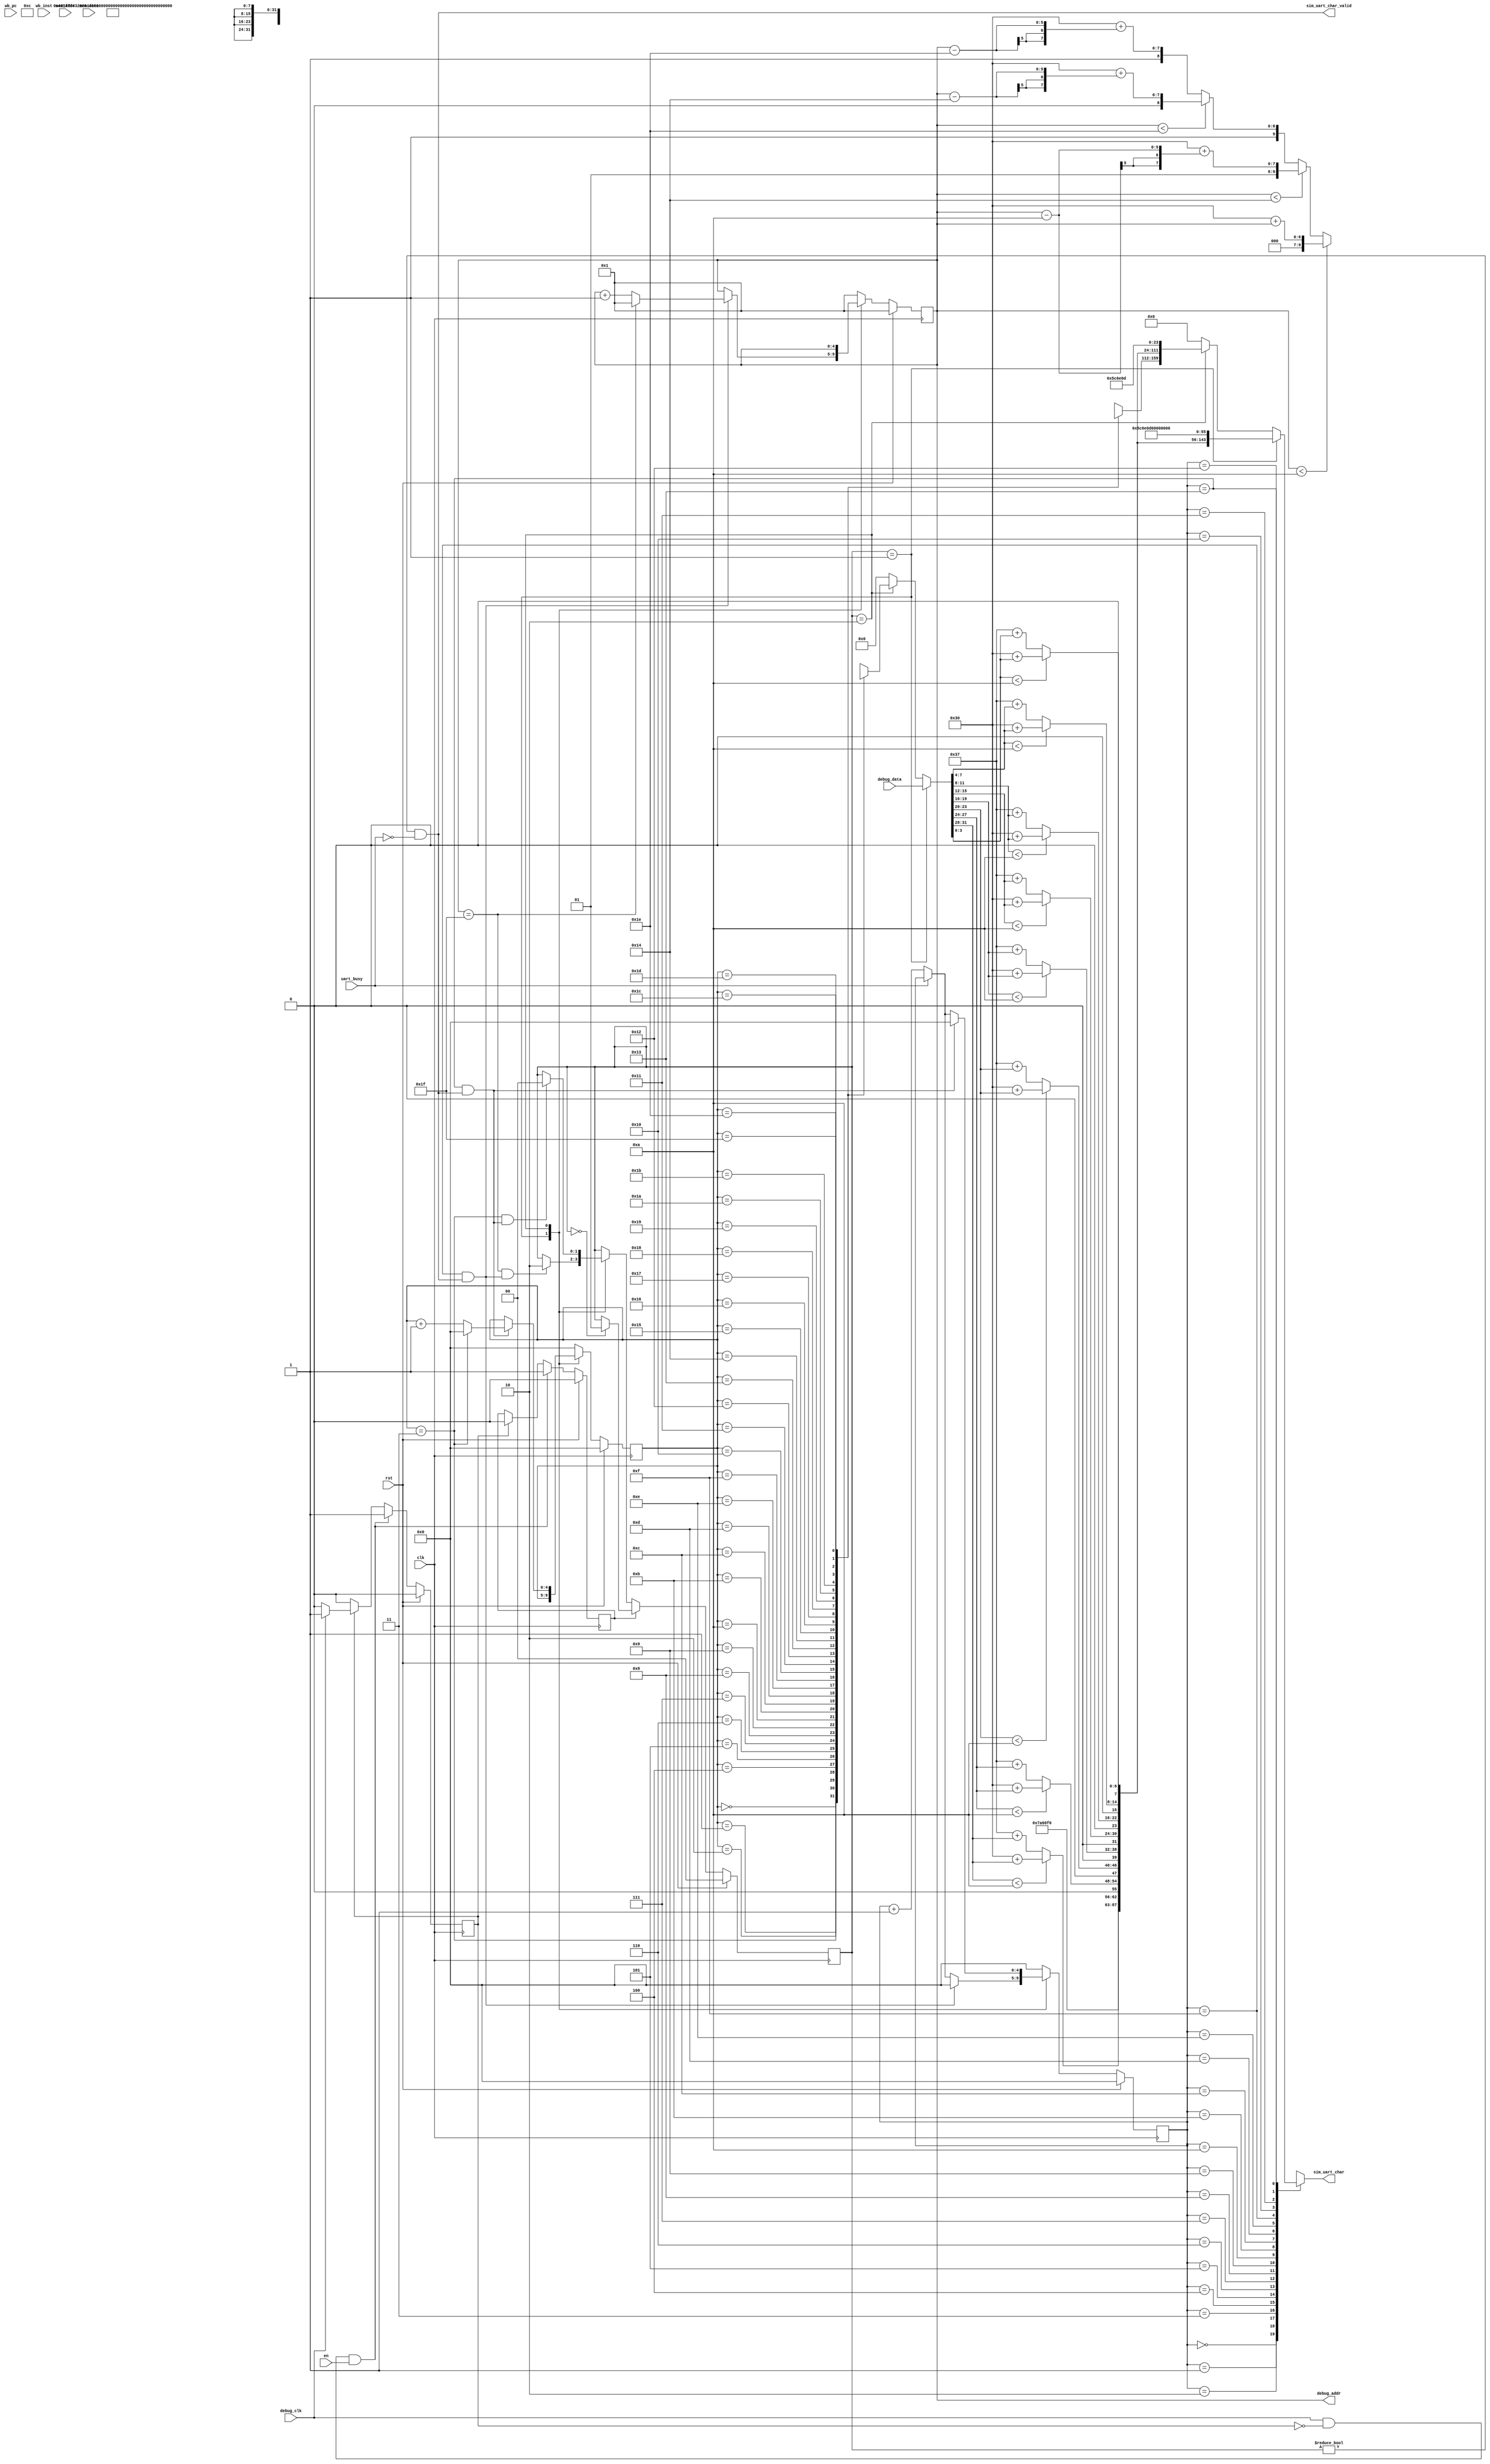
`timescale 1ns / 1ps

/**
*/
module debug_ctrl (
    input clk, rst,
    input debug_clk,
    input wire en,
    input wire [31:0] debug_data,
    input wire [31:0] wb_pc,
    input wire [31:0] wb_inst,
    input wire [31:0] mem_addr,
    input wire [31:0] mem_data,
    // [MODIFY] add other input debugged signals here, should be 32 bits
    input wire uart_busy,
    output wire [4:0] debug_addr,
    output wire [7:0] sim_uart_char,
    output wire sim_uart_char_valid
);
    
    
    // len = 1 
    localparam STR_X = "x";
    // len = 7
    localparam STR_PC = "WB_PC  ";
    localparam STR_INST = "WB_INST";
    localparam STR_CUST0 = "CUSTOM0"; 
    localparam STR_CUST1 = "CUSTOM1";
    // len = 3
    localparam STR_COLON = "=0x";

    // xXX=0xXXXXXXXX\n\r - 16 chars
    localparam BEAT_REG = 15; // 1+2+3+8+2-1
    localparam NUM_REG = 32; 

    // =================== For customization ============================
    // -!!!- Only modify those lines commented with [MODIFY] -!!!-
    // XXXXXXX=0xXXXXXXXX\n\r - 20 chars
    // 7 chars - name of sig
    // 3 chars - "=0x"
    // 8 chars - hex of 32 bits signal
    // 2 chars - "\n\r"    
    localparam BEAT_CUST = 19;  // 7+3+8+2-1
    localparam NUM_CUST_SIG = 4; // [MODIFY] +1 when add a new debugged signal

    wire [31:0] cust_sig_list [0:31];
    assign cust_sig_list[0] = wb_pc;
    assign cust_sig_list[1] = wb_inst;
    assign cust_sig_list[2] = mem_addr;
    assign cust_sig_list[3] = mem_data;
    // [MODIFY] assign new signal here
    // assign cust_sig_list[2] = xxx;

    wire[55:0] cust_name_list [0:31];
    assign cust_name_list[0] = STR_PC;
    assign cust_name_list[1] = STR_INST;
    assign cust_name_list[2] = "MEMADDR";
    assign cust_name_list[3] = "MEMDATA";
    // [MODIFY] assign new signal here
    // assign cust_name_list[2] = "xxxxxxx"; (7 chars!)

    reg[4:0] cust_counter;  // [MODIFY] should cover NUM_CUST_SIG
    // =================== customization END ============================

    localparam CNT_REG = NUM_REG-1;
    localparam CNT_CUST = NUM_CUST_SIG - 1;
 
    // State
    localparam sIDLE = 2'b00;
    localparam sREG = 2'b01;  // transfer general purpose registers
    localparam sCUST = 2'b10; // transfer customized signal

    wire[7:0] ascii_char [0:7]; // 8*8
    wire[63:0] ascii_buffer;
    wire[20*8-1:0] str_buffer; // 20*8=160
    wire[7:0] char_array [0:BEAT_CUST];
    
    reg[1:0] state;
    reg[4:0] reg_counter;
    reg[4:0] beat_counter;
    
    // Used to ensure that only one round of 
    // printing will be done during the raising debug_clk
    reg start; // trigger
    reg done;  // mark if triggered

    wire reg_cnt_full = reg_counter == CNT_REG;
    wire reg_beat_full = beat_counter == BEAT_REG;
    wire cust_cnt_full = cust_counter == CNT_CUST;
    wire cust_beat_full = beat_counter == BEAT_CUST;

    wire reg_beat_done = reg_beat_full && sim_uart_char_valid;
    wire cust_beat_done = cust_beat_full && sim_uart_char_valid;

    wire reg_trans_done = reg_cnt_full && reg_beat_done;
    wire cust_trans_done = cust_cnt_full && cust_beat_done;

    always@(posedge clk) begin
        if(rst) begin
            start <= 0;
            done <= 0;
        end else begin
            if (debug_clk && done==0 && en) begin
                start <= 1;
                done <= 1;
            end else if (done==1) begin
                start <= 0;
                done <= debug_clk ? done : 0;
            end
        end
    end
    
    always@(posedge clk) begin
        if(rst) begin
            state <= sIDLE;
        end else begin
            if (start) begin 
                if(state == sIDLE)begin
                    state <= sREG;
                end      
            end else begin
                case(state)
                    sREG: begin
                        state <= reg_trans_done ? sCUST : state;
                    end
                    sCUST: begin
                        state <= cust_trans_done ? sIDLE : state; 
                    end
                    default: begin
                        state <= state;
                    end
                endcase 
            end
        end
    end

    always@(posedge clk) begin
        if(rst) begin
            reg_counter <= 5'd1;
            beat_counter <= 5'd0;
            cust_counter <= 0;
        end else begin 
            case(state)
                sREG: begin
                    // update when prev str trans done.
                    reg_counter <= reg_beat_done ? 
                                   reg_cnt_full ? 5'd1 : reg_counter + 1 
                                   : reg_counter;
                    beat_counter <= reg_beat_done ? 0 :
                                   uart_busy ? beat_counter : beat_counter + 1;
                end
                sCUST: begin
                    cust_counter <= cust_beat_done ? 
                                  cust_cnt_full ? 0 : cust_counter + 1 
                                  : cust_counter;
                    beat_counter <= cust_beat_done ? 0 :
                                   uart_busy ? beat_counter : beat_counter + 1;
                end
                default: begin
                    reg_counter <= 5'd1;
                    beat_counter <= 5'd0;
                    cust_counter <= 0;
                end
            endcase
        end
    end

    assign debug_addr = reg_counter;

    wire[31:0] sig_cust = cust_sig_list[cust_counter];  
    wire[31:0] debug_sig = state == sREG ? debug_data :
                           state == sCUST ? sig_cust : 0;
    wire[23:0] reg_name = {STR_X, num2str_dec(reg_counter)};  // 3*8
    wire[55:0] cust_name = cust_name_list[cust_counter];      // 7*8

    genvar i;
    generate for(i = 0; i < 8; i = i + 1)
    	begin : ascii_enc
    		assign ascii_char[i] = { num2str_hex(debug_sig[4*i+3 : 4*i]) };
    	end
    endgenerate

    // xRR=0xXXXXXXXX\n\r - 16 chars
    // WB_XXXX=0xXXXXXXXX\n\r - 20 chars
    assign ascii_buffer = {ascii_char[7],ascii_char[6],ascii_char[5],ascii_char[4],
                           ascii_char[3],ascii_char[2],ascii_char[1],ascii_char[0]};
    assign str_buffer = state == sREG ? {reg_name, STR_COLON, ascii_buffer, "\n",8'h0d, 32'd0}:
                        state == sCUST  ? {cust_name, STR_COLON, ascii_buffer, "\n",8'h0d} : 0;
    
    //sgenvar i;
    generate for(i = 0; i < 20; i = i + 1)
    	begin : buffer2array
    		assign char_array[i] = str_buffer[(BEAT_CUST-i)*8+7:(BEAT_CUST-i)*8];
    	end
    endgenerate

    // clk   ____|||||____|||||____|||||____|||||____|||||____
    // head                        |update
    // tail      |update
    // busy  _____||||||||||||||||||_______________________
    // valid ||||||_________________|||||||||
    // char      |take                      |take
    //
    // The uart buffer will take the char before raising busy
    // So we update and then hold the counter.
    assign sim_uart_char = char_array[beat_counter];
    assign sim_uart_char_valid = (state != sIDLE) & (~uart_busy);

    function [7:0] num2str_hex;
		input [3:0] number;
		begin
			if (number < 10)
				num2str_hex = "0" + number;
			else
				num2str_hex = "A" - 10 + number;
		end
	endfunction

    function [15:0] num2str_dec;
		input [5:0] number;
		begin
			if (number < 10)
				num2str_dec = {"0","0" + number};
            else if (number < 20)
                num2str_dec = {"1","0" + (number - 5'd10)};
            else if (number < 30)
                num2str_dec = {"2","0" + (number - 5'd20)};
			else
				num2str_dec = {"3","0" + (number - 5'd30)};
		end
	endfunction
endmodule